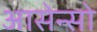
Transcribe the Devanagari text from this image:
आसेन्सो